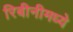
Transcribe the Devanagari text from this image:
रिबीनीमध्ये